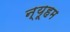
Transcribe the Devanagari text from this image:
न्यूहम